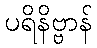
ပရိနိဗ္ဗာန်